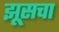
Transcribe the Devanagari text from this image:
झूसचा